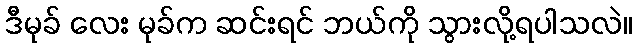
ဒီမုခ် လေး မုခ်က ဆင်းရင် ဘယ်ကို သွားလို့ရပါသလဲ။